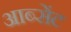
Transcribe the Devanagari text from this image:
आब्सेंट